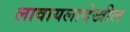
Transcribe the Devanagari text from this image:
लावायलादेखील